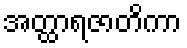
အတ္ထာရဇာတိကာ